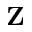
\mathbf { Z }